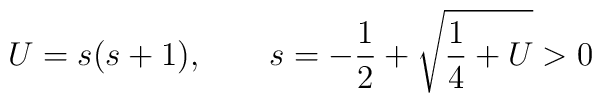
U=s(s+1), \qquad s=-\frac12 + \sqrt{\frac14+U} > 0